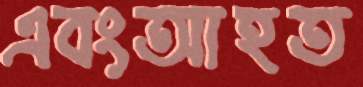
এবংআহত